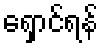
ရှောင်ရန်